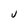
Character: U